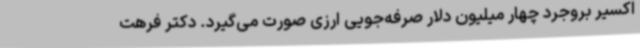
اکسیر بروجرد چهار میلیون دلار صرفه‌جویی ارزی صورت می‌گیرد. دکتر فرهت